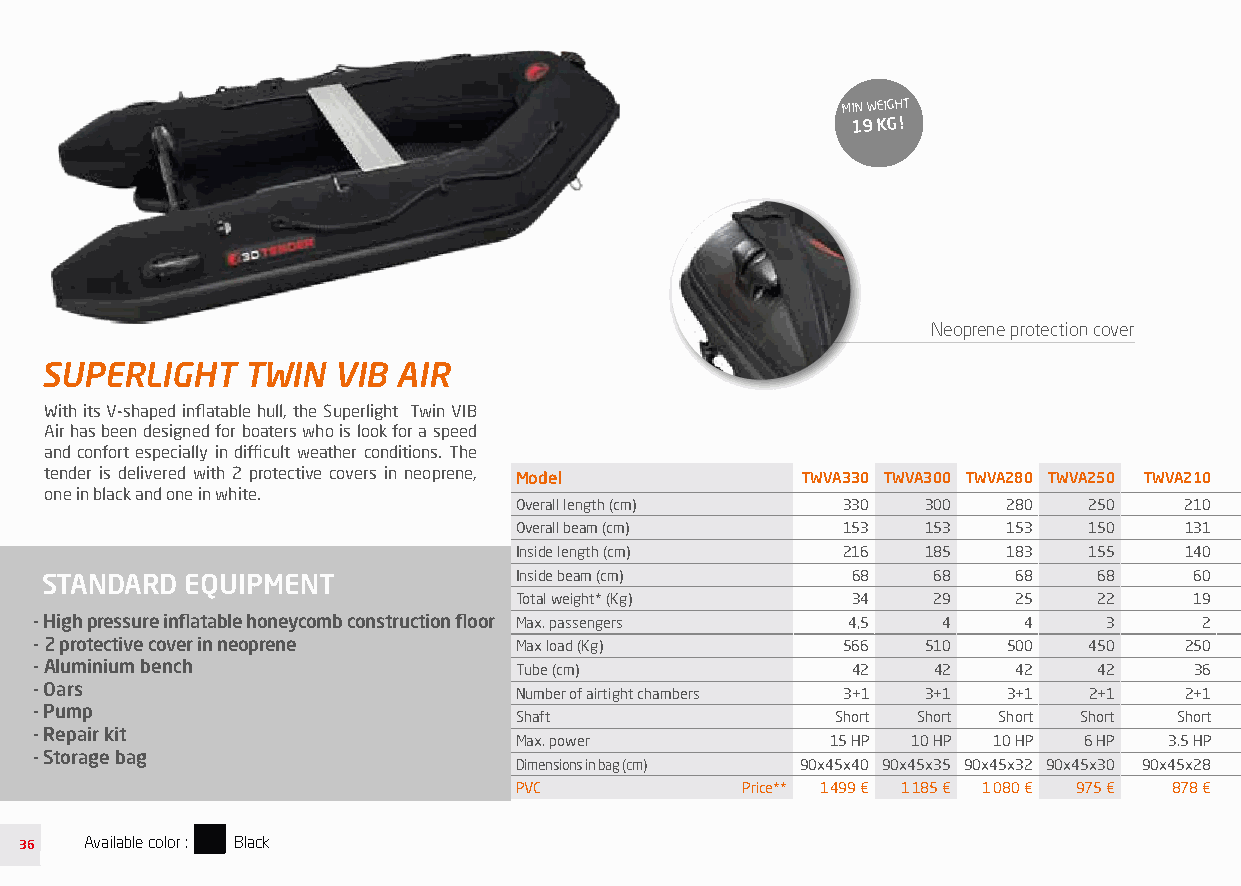
MIN WEIGHT
 19 KG !
 Neoprene protection cover
 SUPERLIGHT   TWIN  VIB AIR
 With its V-shaped inflatable hull, the Superlight Twin VIB
 Air has been designed for boaters who is look for a speed
 and confort especially in difficult weather conditions. The
 tender is delivered with 2 protective covers in neoprene, Model TWVA330 TWVA300 TWVA280 TWVA250 TWVA210
 one in black and one in white.
 Overall length (cm)   330  300   280  250   210
 Overall beam (cm)     153  153   153  150   131
 Inside length (cm)    216  185   183  155   140
 STANDARD EQUIPMENT             Inside beam (cm)      68    68   68    68    60
 Total weight* (Kg)    34    29   25    22    19
 - High pressure inflatable honeycomb construction floor Max. passengers 4,5 4 4 3 2
 - 2 protective cover in neoprene Max load (Kg)        566  510   500  450   250
 - Aluminium bench               Tube (cm)             42    42   42    42    36
 - Oars                          Number of airtight chambers 3+1 3+1 3+1 2+1 2+1
 - Pump
 Shaft                Short Short Short Short Short
 - Repair kit
 Max. power           15 HP 10 HP 10 HP 6 HP 3.5 HP
 - Storage bag
 Dimensions in bag (cm) 90x45x40 90x45x35 90x45x32 90x45x30 90x45x28
 PVC            Price** 1 499 € 1 185 € 1 080 € 975 € 878 €
 36   Available color : Black